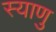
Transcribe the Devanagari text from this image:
स्याणु